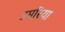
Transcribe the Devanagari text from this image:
उमरिया